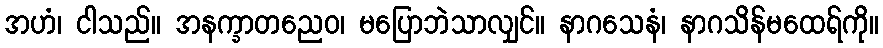
အဟံ၊ ငါသည်။ အနက္ခာတညေဝ၊ မပြောဘဲသာလျှင်။ နာဂသေနံ၊ နာဂသိန်မထေရ်ကို။